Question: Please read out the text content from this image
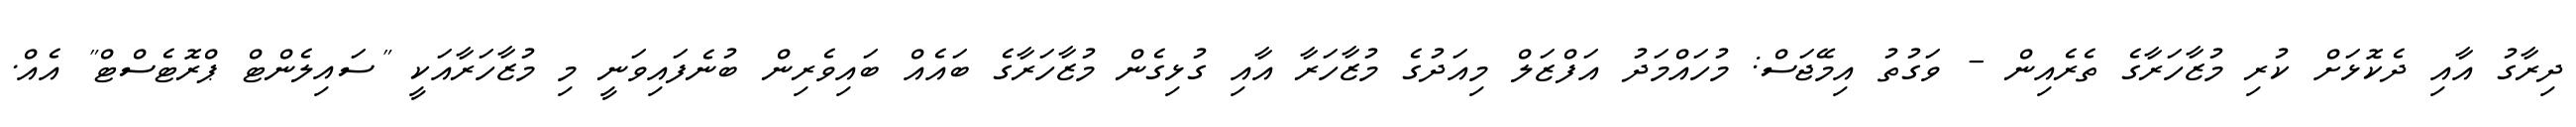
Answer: ދިރާގު އާއި ދެކޮޅަށް ކުރި މުޒާހަރާގެ ތެރެއިން - ވަގުތު އިމޭޖަސް: މުހައްމަދު އަފްޒަލް މިއަދުގެ މުޒާހަރާ އާއި ގުޅިގެން މުޒާހަރާގެ ބައެއް ބައިވެރިން ބުނެފައިވަނީ މި މުޒާހަރާއަކީ "ސައިލެންޓް ޕްރޮޓެސްޓް" އެއް.